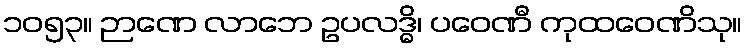
၁၀၅၃။ ဉာဏေ လာဘေ ဥပလဒ္ဓိ၊ ပဝေဏီ ကုထဝေဏိသု။